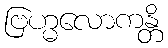
ဗြဟ္မလောကန္တိ